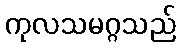
ကုလသမဂ္ဂသည်